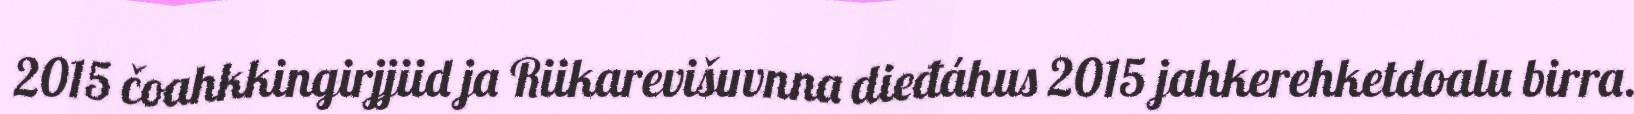
2015 čoahkkingirjjiid ja Riikarevišuvnna dieđáhus 2015 jahkerehketdoalu birra.